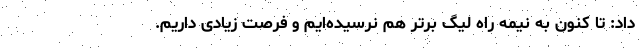
داد: تا کنون به نیمه راه لیگ برتر هم نرسیده‌ایم و فرصت زیادی داریم.